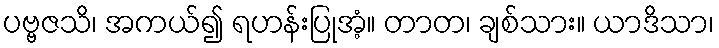
ပဗ္ဗဇသိ၊ အကယ်၍ ရဟန်းပြုအံ့။ တာတ၊ ချစ်သား။ ယာဒိသာ၊